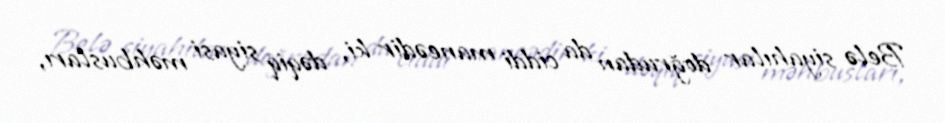
Belə siyahılar doğrudan da ciddi maneədir ki, dəqiq siyasi məhbusları,